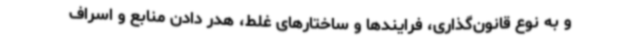
و به نوع قانون‌گذاری، فرایندها و ساختارهای غلط، هدر دادن منابع و اسراف